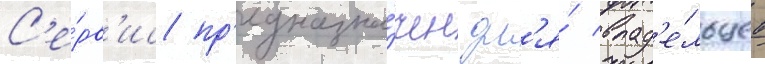
С'е́рв'ис пр'едназна́чен дл'я́ влад'е́льцев